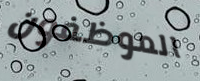
الموظفون